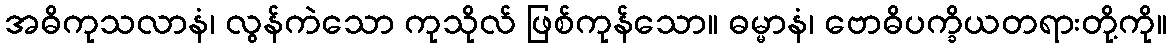
အဓိကုသလာနံ၊ လွန်ကဲသော ကုသိုလ် ဖြစ်ကုန်သော။ ဓမ္မာနံ၊ ဗောဓိပက္ခိယတရားတို့ကို။